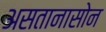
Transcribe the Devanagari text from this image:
असतानासोन